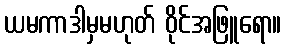
ယမကာဒါမှမဟုတ် ဝိုင်အဖြူရော။